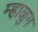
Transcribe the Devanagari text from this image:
म्हाळुग